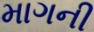
માગની